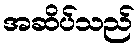
အဆိပ်သည်